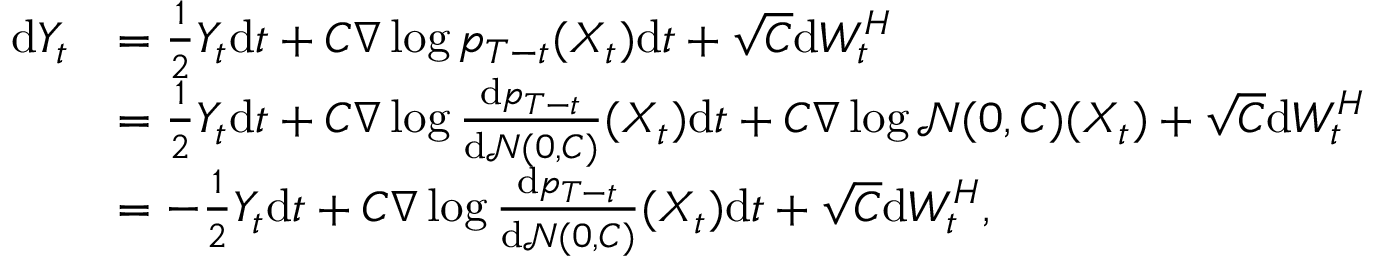
\begin{array} { r l } { \mathrm { d } Y _ { t } } & { = \frac { 1 } { 2 } Y _ { t } \mathrm { d } t + C \nabla \log p _ { T - t } ( X _ { t } ) \mathrm { d } t + \sqrt { C } \mathrm { d } W _ { t } ^ { H } } \\ & { = \frac { 1 } { 2 } Y _ { t } \mathrm { d } t + C \nabla \log \frac { \mathrm { d } p _ { T - t } } { \mathrm { d } \mathcal { N } ( 0 , C ) } ( X _ { t } ) \mathrm { d } t + C \nabla \log \mathcal { N } ( 0 , C ) ( X _ { t } ) + \sqrt { C } \mathrm { d } W _ { t } ^ { H } } \\ & { = - \frac { 1 } { 2 } Y _ { t } \mathrm { d } t + C \nabla \log \frac { \mathrm { d } p _ { T - t } } { \mathrm { d } \mathcal { N } ( 0 , C ) } ( X _ { t } ) \mathrm { d } t + \sqrt { C } \mathrm { d } W _ { t } ^ { H } , } \end{array}